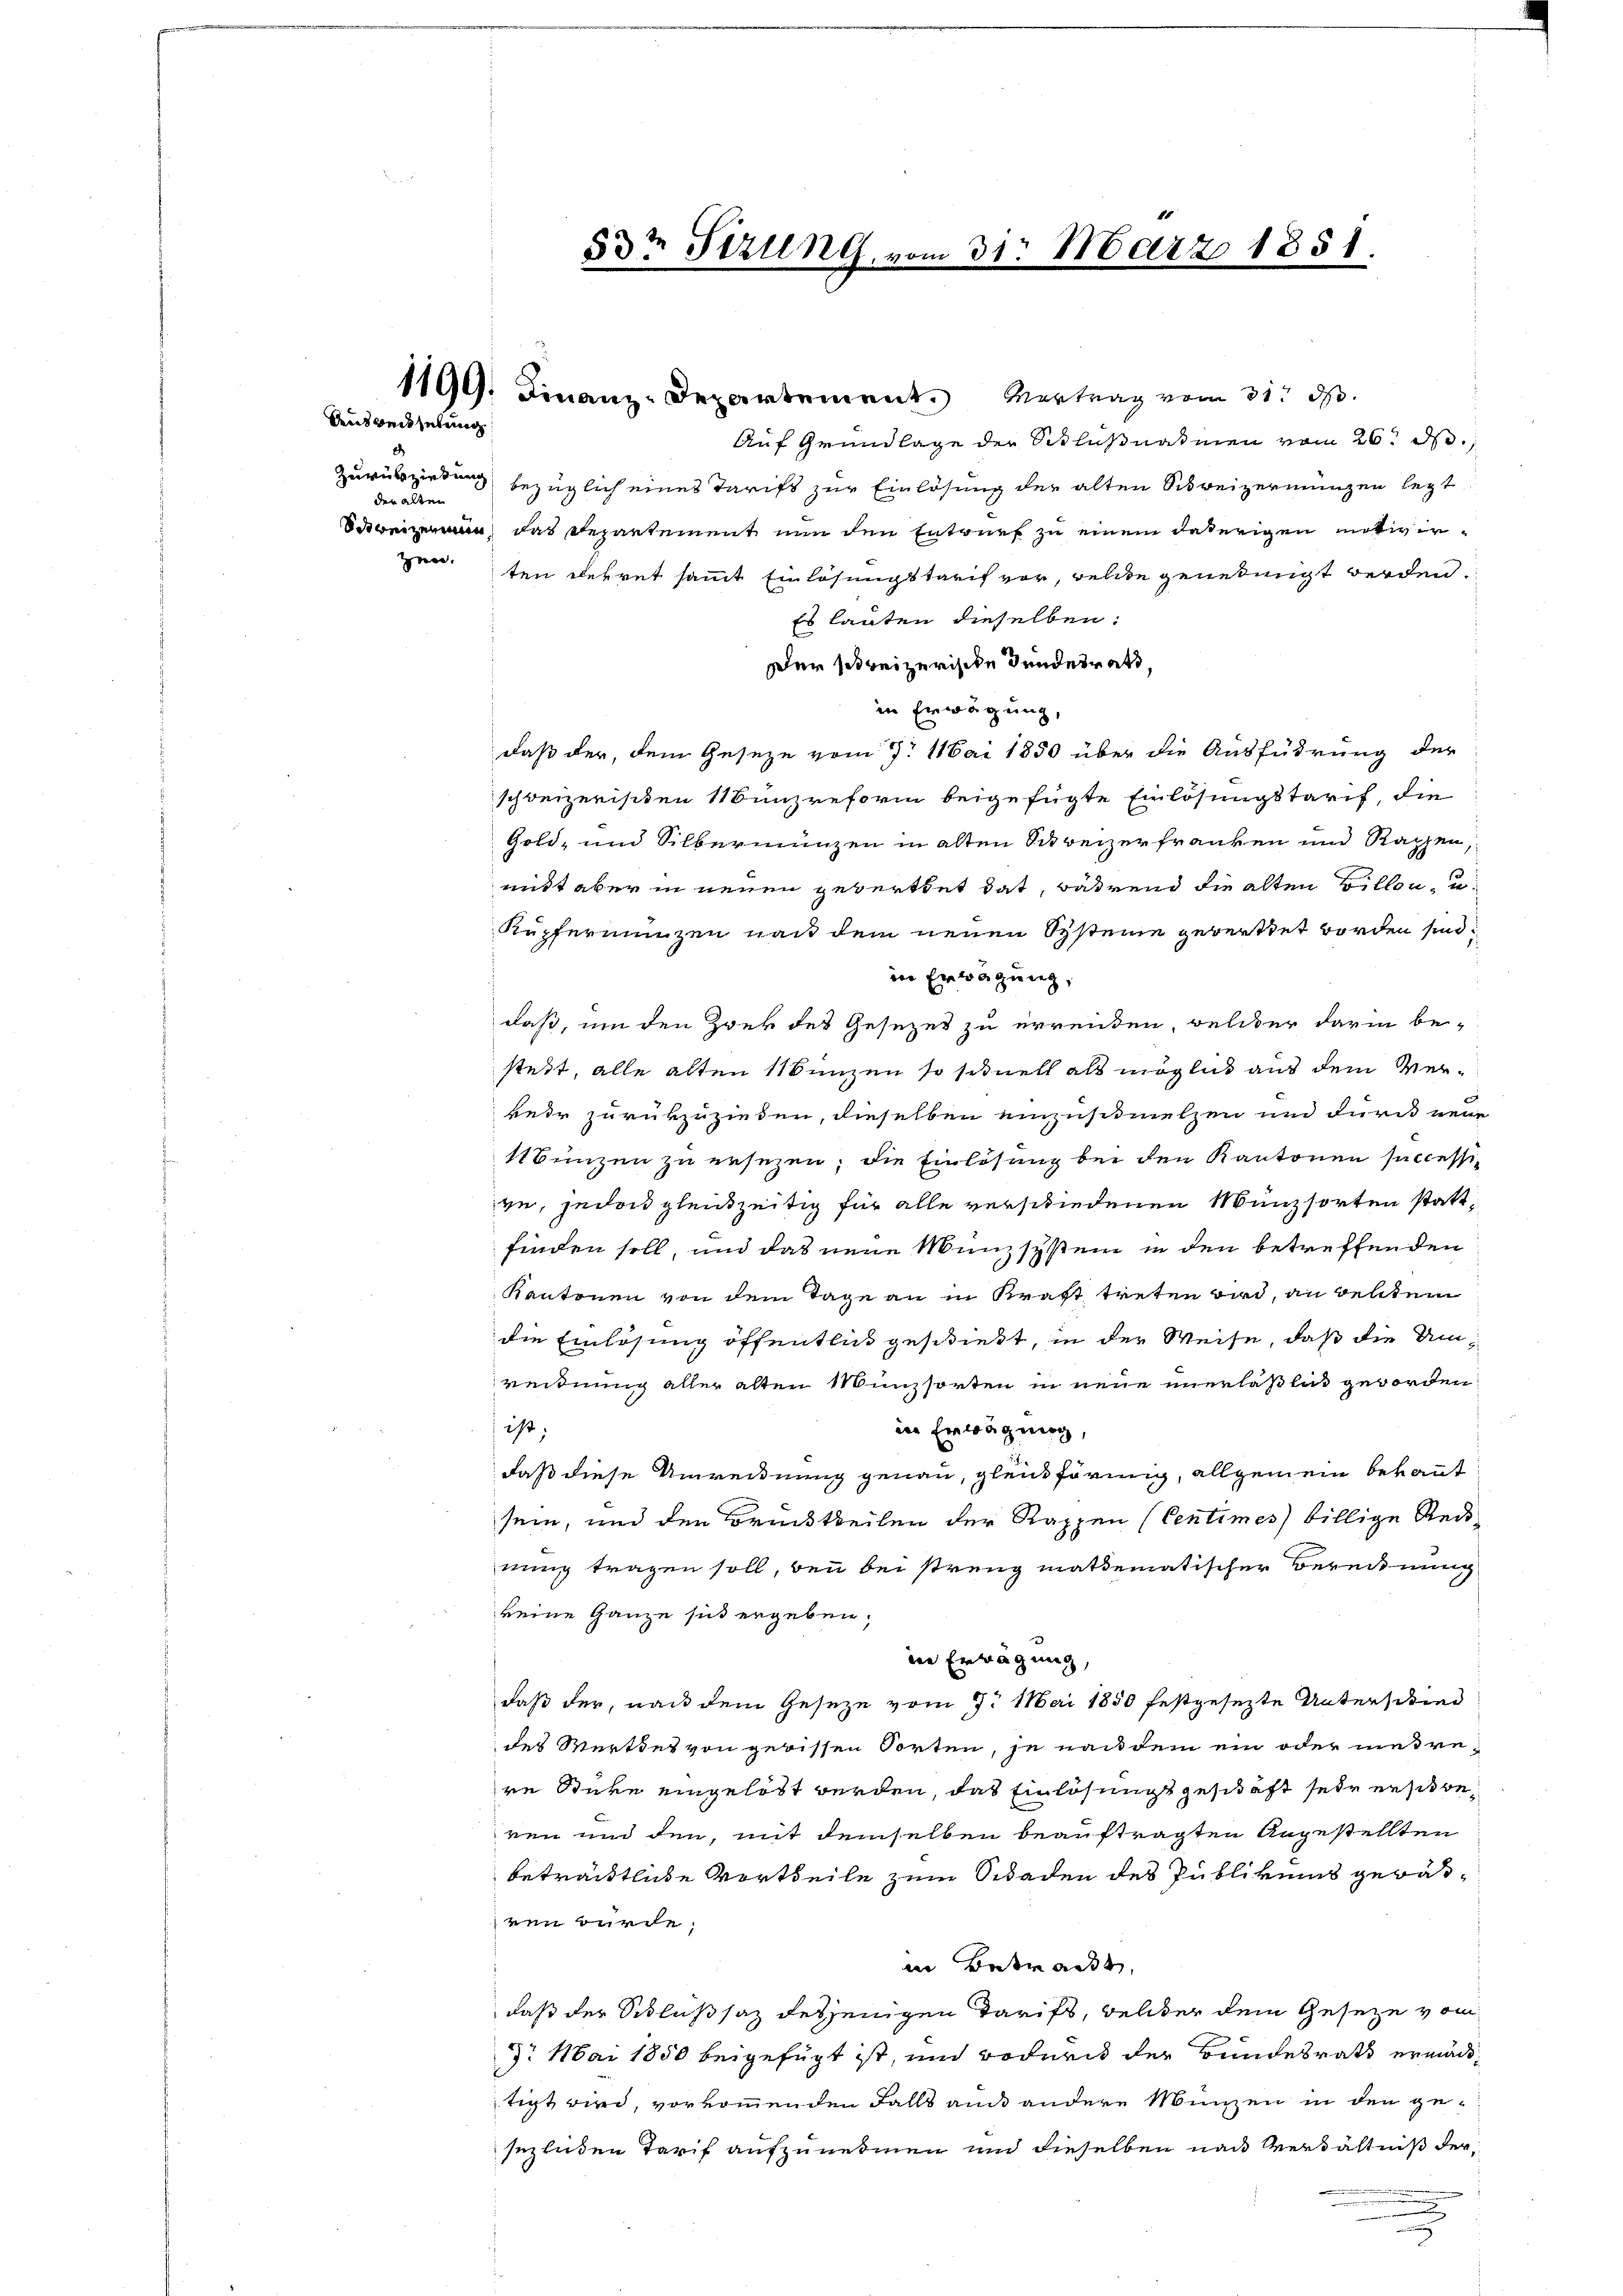
Densweisserung

Zurückziehung
den alten

53t Sirung, vom 31. März 1851.

1199. Finanz-Departement. Vertrag vom 31. ds.
Auf Grundlage der Schlußnahmen vom 26. d.
bezüglich eines Tarifs zur Einlösung der alten Schreizermungen legt
dwein, das Repartement nun den Entwurf zu einem daherigen motiverzenten gekret sammt Einlösungstarif vor, welche genehmigt werden.
Es lauten dieselben:
Der so reizerische Bundesrath,
in Erwägung,
daß der, dem Geseze vom 7. Mai 1850 über die Ausführung der
schweizerischen Münzreform beigefügte Einlösungstarif, die
Gold- und Silbermünzen in alten Schreizerfranken und Rappen,
mitt aber in neuen gewerthet hat, während die alten Billen, u.
Kupfermünzen nach dem neuen Systeine gewertet worden sind.
in Erwägung,
daß, um den Zwek des Gesezes zu erreiden, welcher darin be-
steht, alle alten 11 Bunzen so schnell als möglich aus dem Verkeir zurükzuziehen, dieselben einzuschmelzen und durch neue
1Bunzen zu ersezen; die Einlösung bei den Kantonen successivn, jedoch gleichzeitig für alle verschiedenen Münzsorten stattfinden soll, und das neue Münzsystem in den betreffenden
Kantonen von dem Tage an in Kraft treten wird, an destem
die Einlösung öffentlich geschiebt, in der Weise, daß die Umrerdnung aller alten Münzsorten in neue unerläßlich geworden,
ist.
in Erwägung,
daß diese Unvernung genau, gleichförmig, allgemein bekannt
sein, und den Brücktheilen der Rappen (Centimes billige Reis-
nung tragen soll, bei bei streng mathematischer Berechnung
keine Ganze sich ergeben:
din Erwägung,
daß der, nach dem Geseze vom 7. Mai 1850 festgesezte Unterstind
des Werthes von gewissen Torten, je nach dem ein oder niedrere Stüre eingelöst werden, das Einlösungsgeschäft sehr erstberen und den, mit demselben beauftragten Angestellten
beträchtliche Vortheile zum Schaden des Publikums gewäsren würde,
in Betract
daß der Schlußsaz desjenigen Tarifs, welcher dem Gesetze vom
3. Mai 1850 beigefügt ist, und wodurch der Bundesrath ermächtigt wird, vorkommenden Falls aus andere Münzen in den gesezenden Tarif aufzunehmen und dieselben nach Verhältniß der